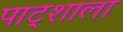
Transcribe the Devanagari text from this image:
पाट्शाला